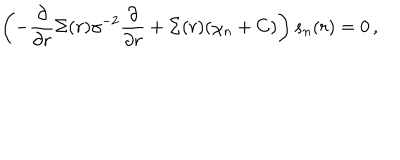
\left( - \frac { \partial } { \partial r } \Sigma ( r ) \gamma ^ { - 2 } \frac { \partial } { \partial r } + \Sigma ( r ) ( \chi _ { n } + C ) \right) s _ { n } ( r ) = 0 \, ,